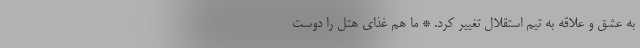
به عشق و علاقه به تیم استقلال تغییر کرد. * ما هم غذای هتل را دوست